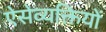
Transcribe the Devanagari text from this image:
ऐसेव्यक्तियों